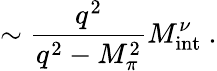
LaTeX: \sim\frac{q^{2}}{q^{2}-M_{\pi}^{2}}M_{\mathrm{int}}^{\nu}~.